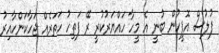
ފުލުސް އޮފީހުން ބުނީ އެ މީހާ ހައްޔަރުކުރީ ރޭ ފަތިހު ހަތަރެއް ޖަހާކަންހާއިރު